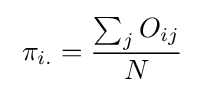
\;\pi _{i.}={\frac {\sum _{j}O_{ij}}{N}}\;